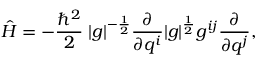
{ \hat { H } } = - { \frac { \hbar ^ { 2 } } { 2 } } \; | g | ^ { - { \frac { 1 } { 2 } } } { \frac { \partial } { \partial q ^ { i } } } | g | ^ { \frac { 1 } { 2 } } g ^ { i j } { \frac { \partial } { \partial q ^ { j } } } ,